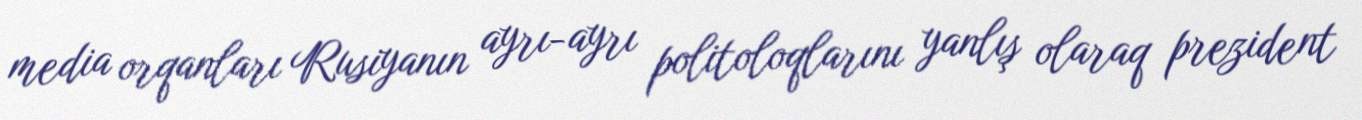
media orqanları Rusiyanın ayrı-ayrı politoloqlarını yanlış olaraq prezident